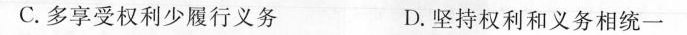
C.多享受权利少履行义务 D.坚持权利和义务相统一